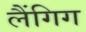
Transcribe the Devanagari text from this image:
लैंगिग